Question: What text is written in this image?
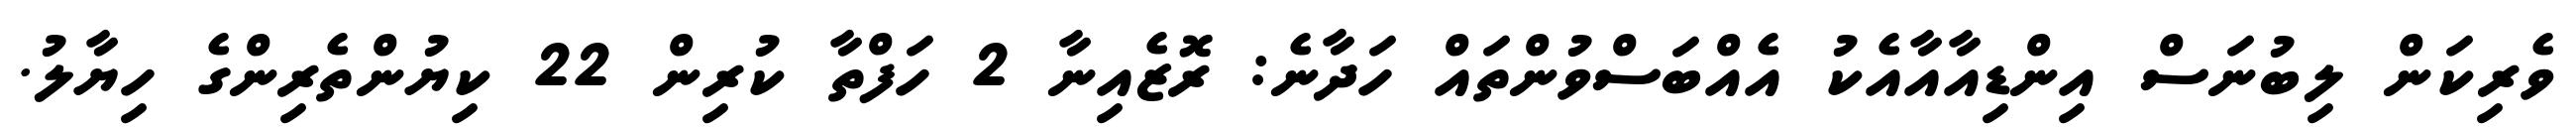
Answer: ވެރިކަން ލިބުނަސް އިންޑިއާއާއެކު އެއްބަސްވުންތައް ހަދާނެ: ރޮޒެއިނާ 2 ހަފްތާ ކުރިން 22 ކިޔުންތެރިންގެ ހިޔާލު.